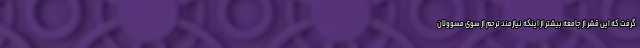
گرفت که این قشر از جامعه بیشتر از اینکه نیازمند ترحم از سوی مسوولان